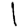
Digit: 1